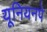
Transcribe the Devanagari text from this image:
यूनियनपे